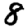
Digit: 8